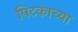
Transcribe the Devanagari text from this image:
पिटकाच्या